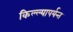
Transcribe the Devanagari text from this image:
किल्ल्यापर्यन्त